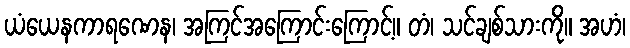
ယံယေနကာရဏေန၊ အကြင်အကြောင်းကြောင့်။ တံ၊ သင်ချစ်သားကို။ အဟံ၊